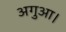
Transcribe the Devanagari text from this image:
अगुआ।